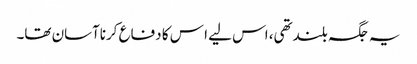
یہ جگہ بلندتھی، اس لیے ا س کا دفاع کرناآسان تھا۔